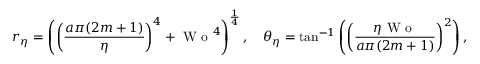
r _ { \eta } = \left( \left( \frac { a \pi ( 2 m + 1 ) } { \eta } \right) ^ { 4 } + \textrm { W o } ^ { 4 } \right) ^ { \frac { 1 } { 4 } } , \quad \theta _ { \eta } = \tan ^ { - 1 } \left( \left( \frac { \eta \textrm { W o } } { a \pi ( 2 m + 1 ) } \right) ^ { 2 } \right) ,